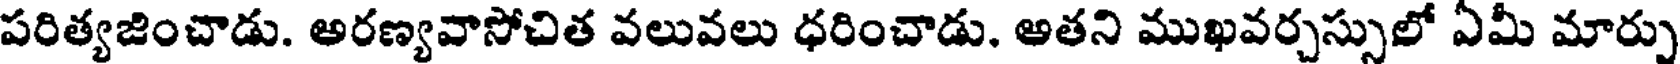
పరిత్యజించాడు. అరణ్యవాసోచిత వలువలు ధరించాడు. అతని ముఖవర్చస్సులో ఏమీ మార్పు